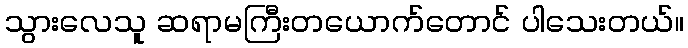
သွားလေသူ ဆရာမကြီးတယောက်တောင် ပါသေးတယ်။